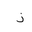
Letter: _thal